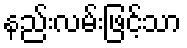
နည်းလမ်းဖြင့်သာ